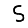
Digit: 5